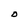
Character: D